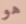
هو